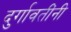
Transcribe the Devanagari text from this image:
दुर्गावतींनी